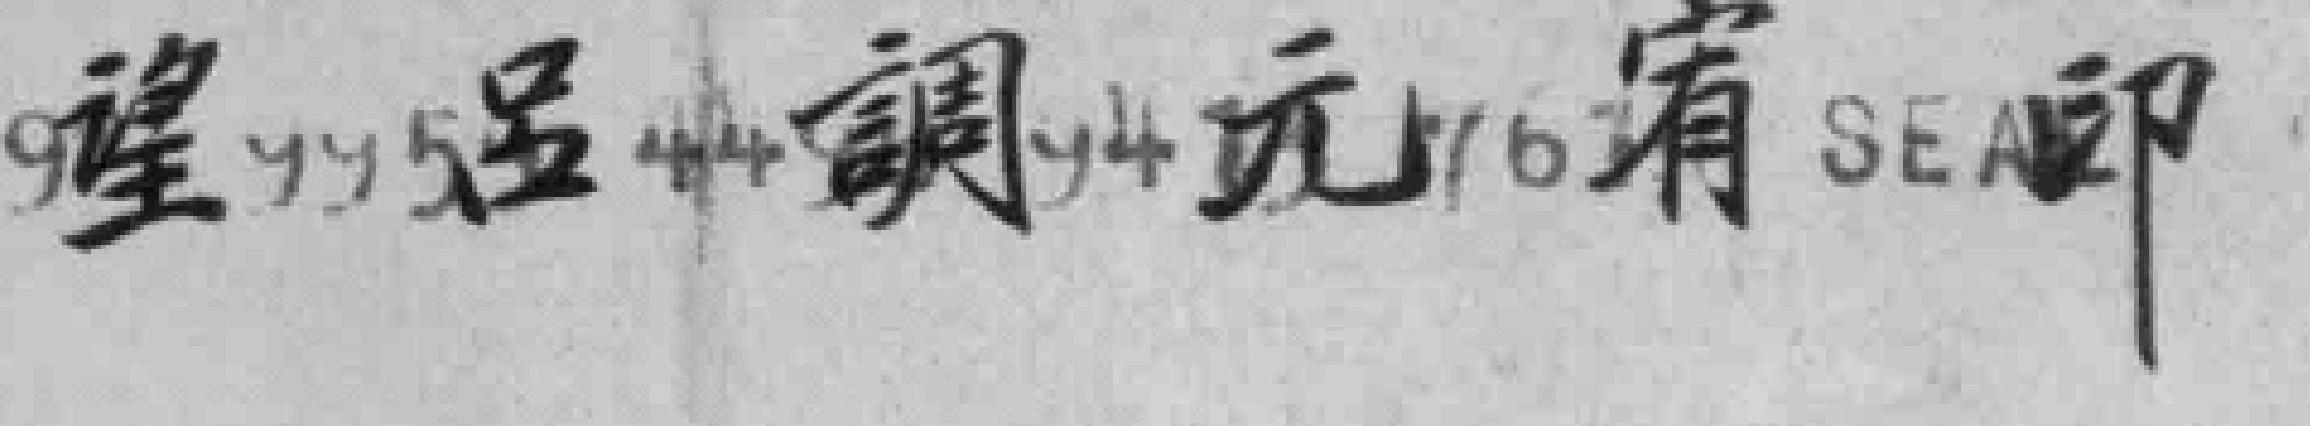
望呂調元宥即